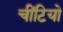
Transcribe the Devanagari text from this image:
चींटियो